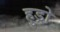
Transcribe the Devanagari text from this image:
हुड्रो